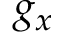
g _ { x }